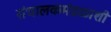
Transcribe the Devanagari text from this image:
संचालकमंडळाशी